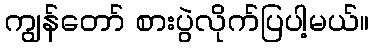
ကျွန်တော် စားပွဲလိုက်ပြပါ့မယ်။